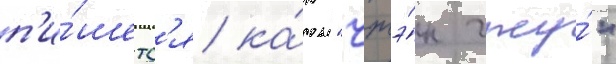
п'и́шетс'я ка́к "чжэ́н чжу́"